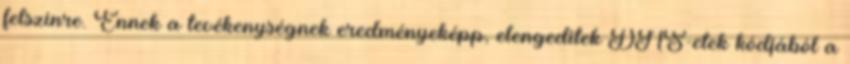
felszínre. Ennek a tevékenységnek eredményeképp, elengeditek DNS-etek kódjából a